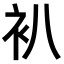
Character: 𧘋